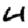
Digit: 4